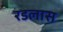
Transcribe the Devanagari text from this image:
रडलास